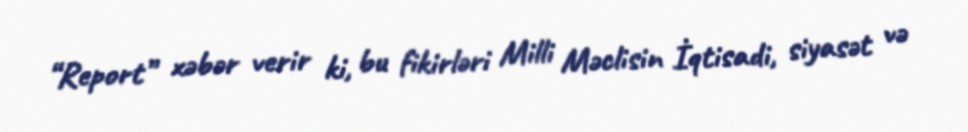
“Report” xəbər verir ki, bu fikirləri Milli Məclisin İqtisadi, siyasət və